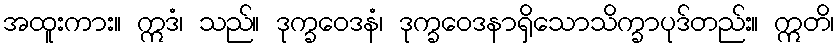
အထူးကား။ ဣဒံ၊ သည်။ ဒုက္ခဝေဒနံ၊ ဒုက္ခဝေဒနာရှိသောသိက္ခာပုဒ်တည်း။ ဣတိ၊